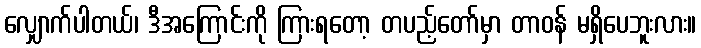
လျှောက်ပါတယ်၊ ဒီအကြောင်းကို ကြားရတော့ တပည့်တော်မှာ တာဝန် မရှိပေဘူးလား။